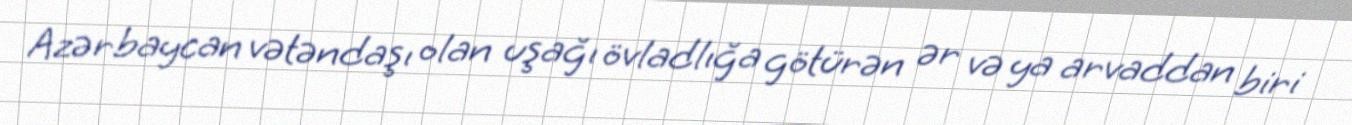
Azərbaycan vətəndaşı olan uşağı övladlığa götürən ər və ya arvaddan biri